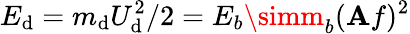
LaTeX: E_{\mathrm{d}}=m_{\mathrm{d}}U_{\mathrm{d}}^{2}/2=E_{b}\simm_{b}(\mathbf{A}f)^{2}